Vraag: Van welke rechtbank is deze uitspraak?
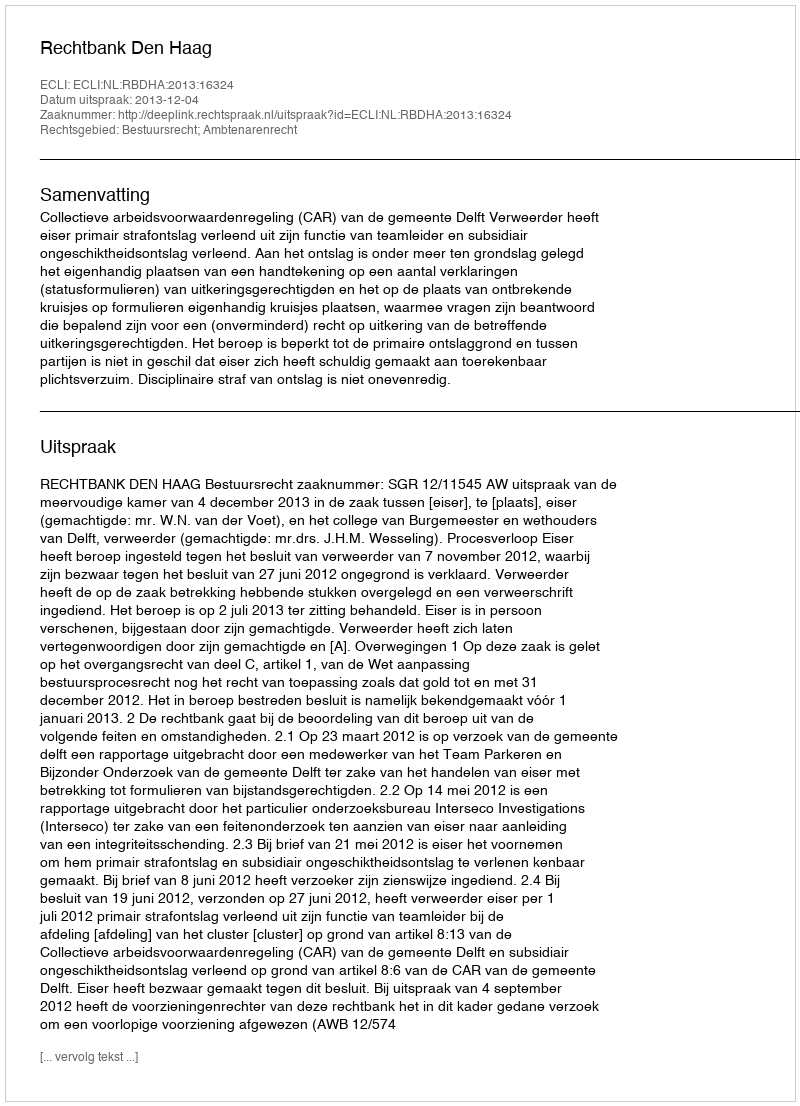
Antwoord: Rechtbank Den Haag